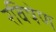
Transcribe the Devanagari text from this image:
रविषेण